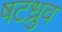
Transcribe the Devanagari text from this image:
षटध्रुव